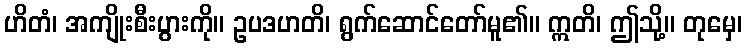
ဟိတံ၊ အကျိုးစီးပွားကို။ ဥပဒဟတိ၊ ရွက်ဆောင်တော်မူ၏။ ဣတိ၊ ဤသို့။ တုမှေ၊